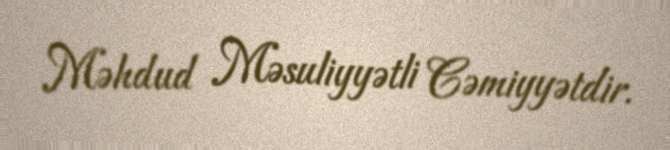
Məhdud Məsuliyyətli Cəmiyyətdir.